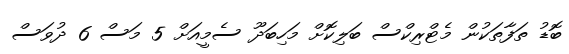
ބޮޑު ތަފާތަކުން މެޓްރިކްސް ބަލިކޮށް މަހިބަދޫ ސެމީއަށް 5 މަސް 6 ދުވަސް